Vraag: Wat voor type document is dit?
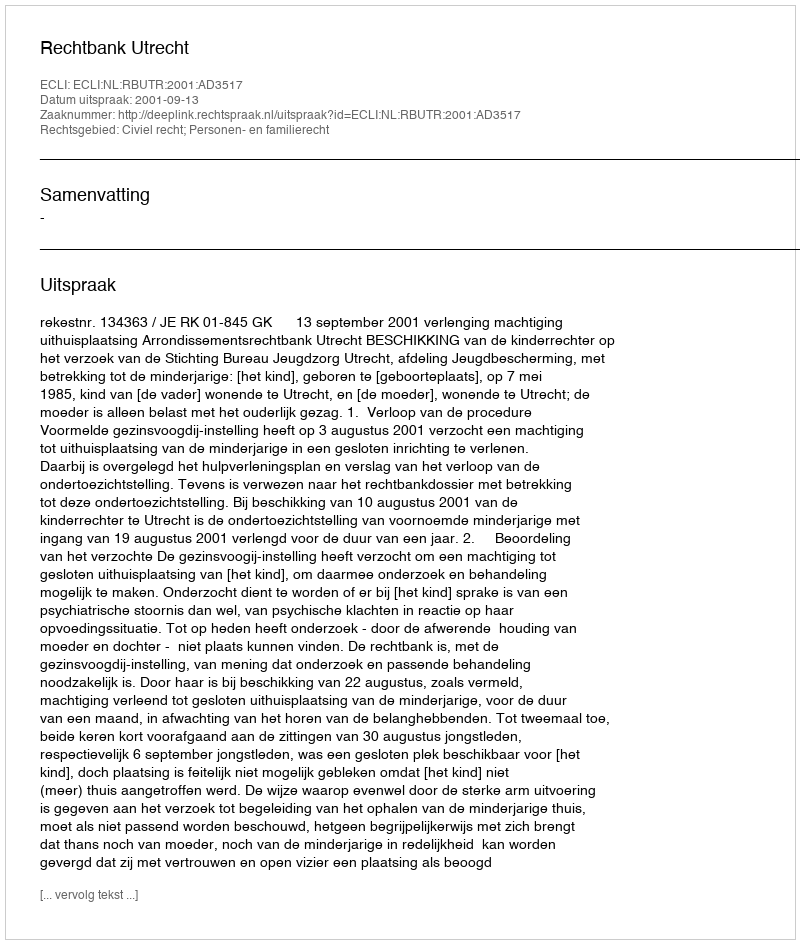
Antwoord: Uitspraak